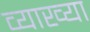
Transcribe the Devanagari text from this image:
व्याख्या